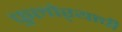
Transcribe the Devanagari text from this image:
फुलोऱ्याची